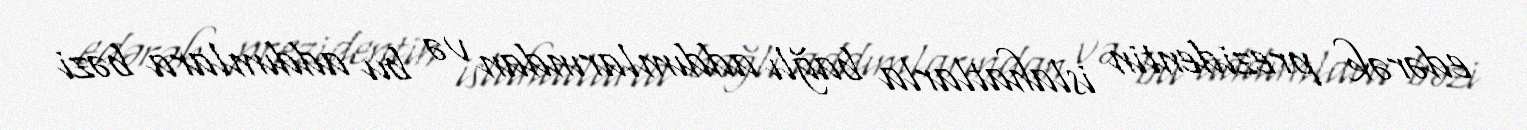
edərək prezidentin islahatlarla bağlı addımlarından və bu addımlara bəzi